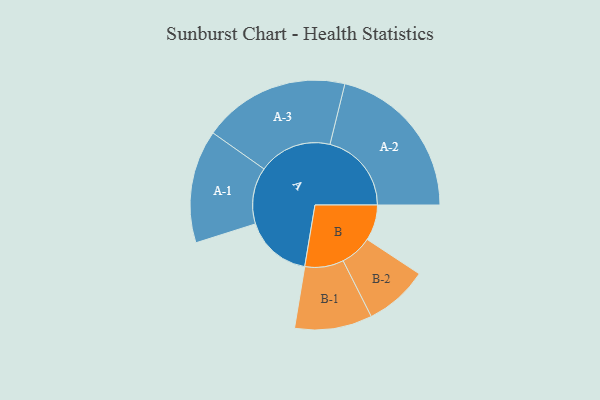
{"axis": {"x": "Segment", "y": "Value"}, "legend": ["", "A", "B"], "data": [{"x": "A", "y": 243, "type": ""}, {"x": "B", "y": 129, "type": ""}, {"x": "A-1", "y": 204, "type": "A"}, {"x": "A-2", "y": 294, "type": "A"}, {"x": "A-3", "y": 265, "type": "A"}, {"x": "B-1", "y": 140, "type": "B"}, {"x": "B-2", "y": 115, "type": "B"}]}